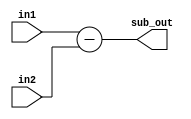
module subtract(in1, in2, sub_out);
	input[3:0] in1, in2;
	output[3:0] sub_out;
	
	assign sub_out = in1 - in2;
endmodule